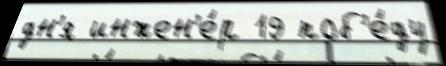
дн'я инжен'е́р 19 поб'е́ду